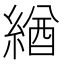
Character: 緧